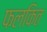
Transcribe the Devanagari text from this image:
फलकित